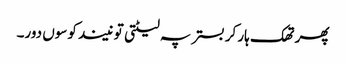
پھر تھک ہار کر بستر پہ لیٹتی تو نیند کوسوں دور۔